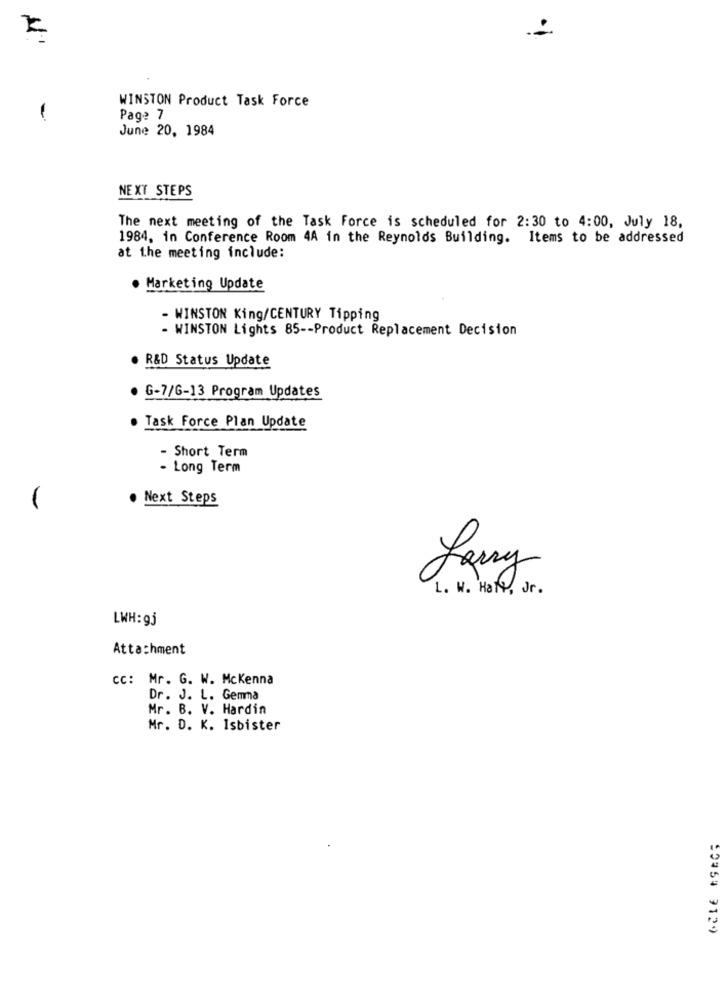
WINSTON Product Task Force
Page 7
June 20, 1984
NEXT STEPS
The next meeting of the Task Force is scheduled for 2:30 to 4:00, July 18,
1984, in Conference Room 4A in the Reynolds Building. Items to be addressed
at the meeting include:
· Marketing Update
- WINSTON King/CENTURY Tipping
- WINSTON Lights 85 -- Product Replacement Decision
. R&D Status Update
· G-7/6-13 Program Updates
Task Force Plan Update
- Short Term
- Long Term
. Next Steps
L. W. Hall , Jr.
LWH: 9j
Attachment
cc: Mr. G. W. Mckenna
Dr. J. L. Gemma
Mr. B. V. Hardin
Mr. D. K. Isbister